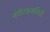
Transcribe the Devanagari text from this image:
संगीतकलानिधी